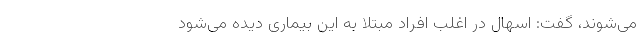
می‌شوند، گفت: اسهال در اغلب افراد مبتلا به این بیماری دیده می‌شود